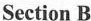
Section B